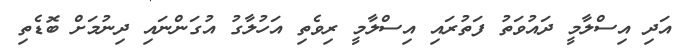
އަދި އިސްލާމީ ދައުވަތު ފަތުރައި އިސްލާމީ ރިވެތި އަހުލާގު އުގަންނައި ދިނުމަށް ބޮޑެތި